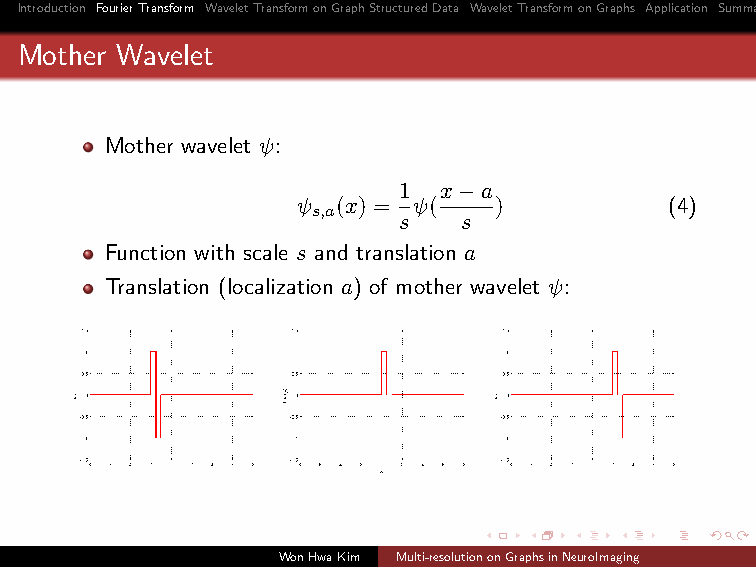
Introduction FourierTransform WaveletTransformonGraphStructuredData WaveletTransformonGraphs Application Summary
 Mother Wavelet
 Mother wavelet ψ:
 1  x−a
 ψ (x) = ψ(   )          (4)
 s,a
 s    s
 Function with scale s and translation a
 Translation (localization a) of mother wavelet ψ:
 WonHwaKim Multi-resolutiononGraphsinNeuroImaging